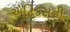
એટિકસની